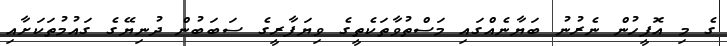
ގެ މި އޮފީހުން ނެރުނު ބަޔާނެއްގައި މަސްތުވާތަކެތީގެ ވިޔަފާރީގެ ސަބަބުން ދުނިޔޭގެ ގައުމުތަކަށާއި